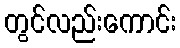
တွင်လည်းကောင်း